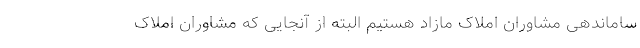
ساماندهی مشاوران املاک مازاد هستیم البته از آنجایی که مشاوران املاک